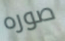
صوره